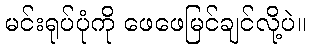
မင်းရုပ်ပုံကို ဖေဖေမြင်ချင်လို့ပဲ။